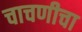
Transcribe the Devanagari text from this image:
चाचणीचा